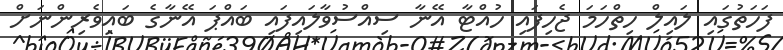
ފަހަތުގައި ލައިލް ހިތްހަމަ ޖެހިފައި ހުއްޓާ އޭނާ ސިއްސުވާލައިފައި ބައްޕަ އޭނާގެ ބައިވެރިންނަށް